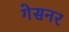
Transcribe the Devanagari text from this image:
गेसनर